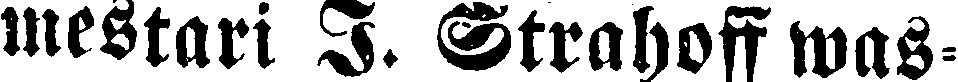
mestari I. Strahoff was-